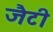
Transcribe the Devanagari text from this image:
जैटी